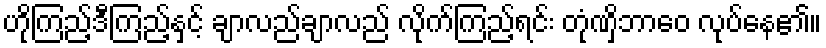
ဟိုကြည့်ဒီကြည့်နှင့် ချာလည်ချာလည် လိုက်ကြည့်ရင်း တုံဏှိဘာဝေ လုပ်နေ၏။